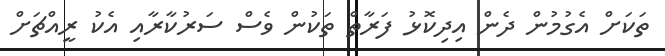
ތަކަށް އެގުމުން ދެން އިދިކޮޅު ފަރާތް ތަކުން ވެސް ސަރުކާރާއި އެކު ރީއްޗަށް